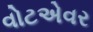
વોટએવર